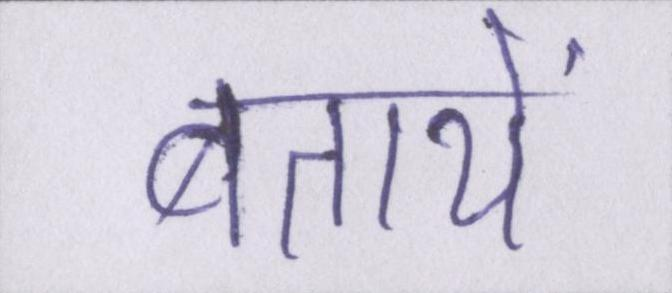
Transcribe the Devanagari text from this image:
बतायें